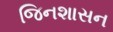
જિનશાસન